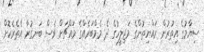
ސިޔާމުގެ އިތުރުން ރައްޔިތުންގެ މަޖިލީހުގެ ދެ މެމްބަރެއްގެ މައްޗަށް ވެސް ބަނގުރާ އެތެރެކޮށް